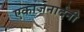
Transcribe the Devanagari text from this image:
एकाजनार्दनी